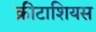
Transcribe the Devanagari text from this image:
क्रीटाशियस